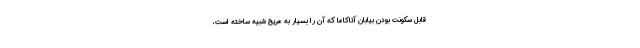
قابل سکونت بودن بیابان آتاکاما که آن را بسیار به مریخ شبیه ساخته است،